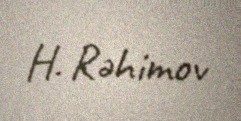
H. Rəhimov